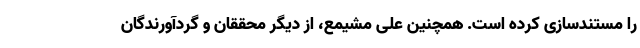
را مستندسازی کرده است. همچنین علی مشیمع، از دیگر محققان و گردآورندگان